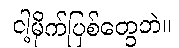
ငါ့မိုက်ပြစ်တွေဘဲ။